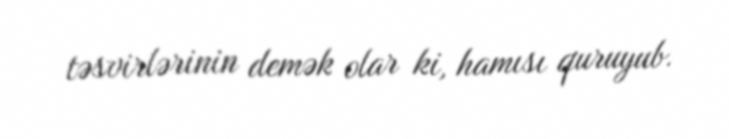
təsvirlərinin demək olar ki, hamısı quruyub.